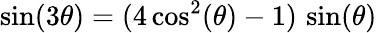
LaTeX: \sin(3\theta)=(4\cos^{2}(\theta)-1)\, \sin(\theta)